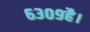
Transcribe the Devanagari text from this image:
६३०९है।